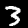
Digit: 3